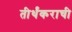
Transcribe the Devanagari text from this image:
तीर्थंकराची